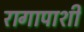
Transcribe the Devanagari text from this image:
रागापाशी